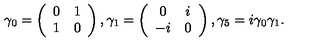
\gamma _ { 0 } = \left( \begin{array} { c c } { 0 } & { 1 } \\ { 1 } & { 0 } \\ \end{array} \right) , \gamma _ { 1 } = \left( \begin{array} { c c } { 0 } & { i } \\ { - i } & { 0 } \\ \end{array} \right) , \gamma _ { 5 } = i \gamma _ { 0 } \gamma _ { 1 } .